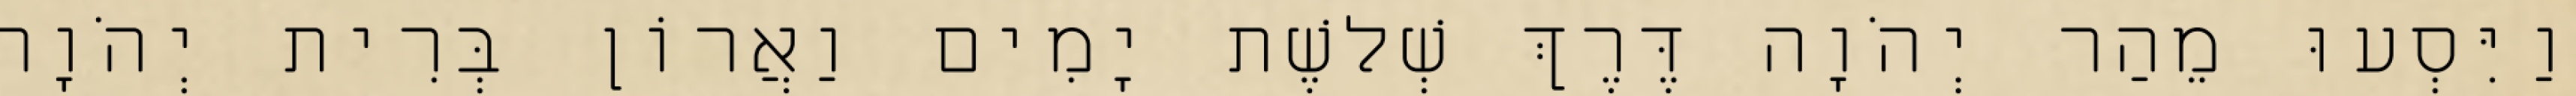
וַיִּסְעוּ מֵהַר יְהֹוָה דֶּרֶךְ שְׁלשֶׁת יָמִים וַאֲרוֹן בְּרִית יְהֹוָה